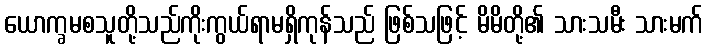
ယောက္ခမစသူတို့သည်ကိုးကွယ်ရာမရှိကုန်သည် ဖြစ်သဖြင့် မိမိတို့၏ သားသမီး သားမက်